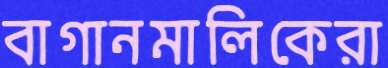
বাগানমালিকেরা